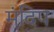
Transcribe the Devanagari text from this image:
मंदिप